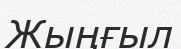
Жыңғыл